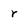
Character: r